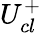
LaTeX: U_{cl}^{+}